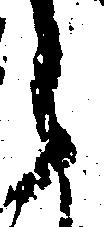
之